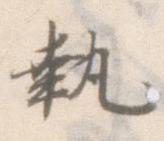
執